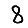
Digit: 8